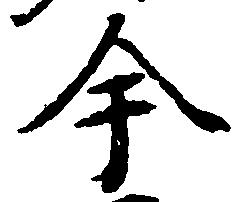
今